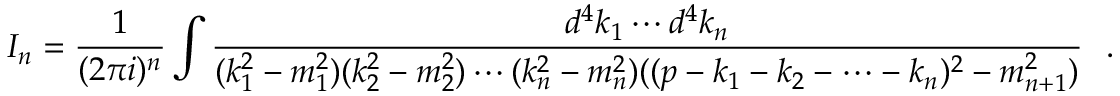
{ \cal I } _ { n } = \frac { 1 } { ( 2 \pi i ) ^ { n } } \int \frac { d ^ { 4 } k _ { 1 } \cdots d ^ { 4 } k _ { n } } { ( k _ { 1 } ^ { 2 } - m _ { 1 } ^ { 2 } ) ( k _ { 2 } ^ { 2 } - m _ { 2 } ^ { 2 } ) \cdots ( k _ { n } ^ { 2 } - m _ { n } ^ { 2 } ) ( ( p - k _ { 1 } - k _ { 2 } - \cdots - k _ { n } ) ^ { 2 } - m _ { n + 1 } ^ { 2 } ) } \ \ .